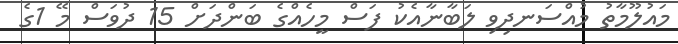
މައުލޫމާތު މުއްސަނދިވި ލަބާނާއެކު ފަސް މީހެއްގެ ބަންދަށް 15 ދުވަސް މޭ 1ގެ